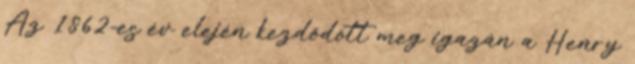
Az 1862-es év elején kezdődött meg igazán a Henry